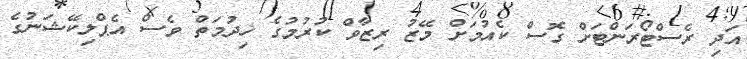
އަދި ރެސްޓޯރަންޓަށް ގޮސް ކެއުމަށް މޭޒު ރިޒާވް ކުރުމުގެ ޚިދުމަތް ވެސް އެޕްލިކޭޝަނުގެ